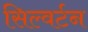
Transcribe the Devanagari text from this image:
सिल्वर्टन